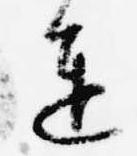
進